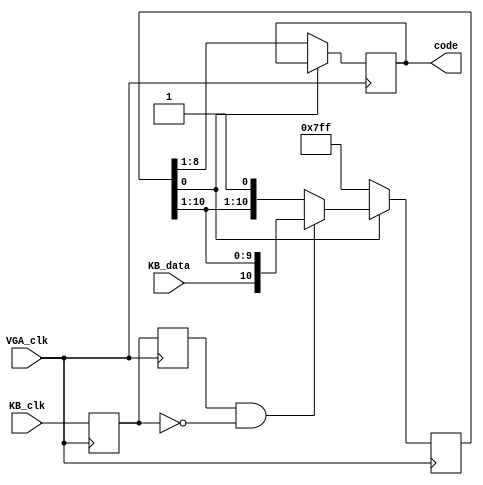
`timescale 1ns / 1ps
//////////////////////////////////////////////////////////////////////////////////
// Company: 
// Engineer: 
// 
// Design Name: 
// Module Name: kbInput
// Project Name: 
// Target Devices: 
// Tool Versions: 
// Description: 
// 
// Dependencies: 
// 
// Revision:
// Revision 0.01 - File Created
// Additional Comments:
// 
//////////////////////////////////////////////////////////////////////////////////


module kbInput(VGA_clk,KB_clk,KB_data,code);   
input VGA_clk;   
input KB_clk;   
input KB_data;   
reg [30:0]count;   
output reg [7:0] code;                  
reg Q0, Q1;   
reg [10:0] shreg;   
wire endbit; 
 
  
assign endbit = ~shreg[0];  
assign shift = Q1 & ~Q0; 
 
  always @ (posedge VGA_clk)    
  begin     
  Q0 <= KB_clk;     
  Q1 <= Q0;   
  shreg <= (endbit) ? 11'h7FF : shift ? {KB_data, shreg[10:1]} : shreg;     
  if (endbit)       
  code <= shreg[8:1];     
  else             
  count=count+1'b1;         
  end    

endmodule